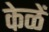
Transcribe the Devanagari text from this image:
केळें